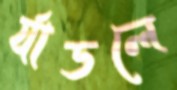
র‍্যাডলে